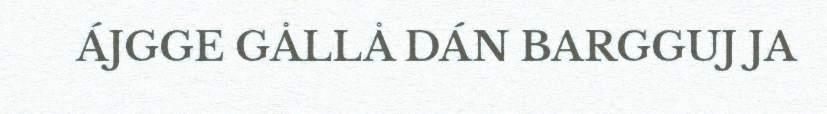
ÁJGGE GÅLLÅ DÁN BARGGUJ JA